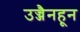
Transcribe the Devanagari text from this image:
उज्जैनहून